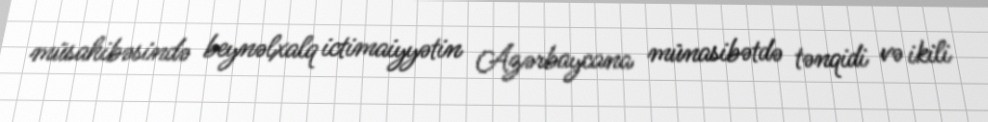
müsahibəsində beynəlxalq ictimaiyyətin Azərbaycana münasibətdə tənqidi və ikili